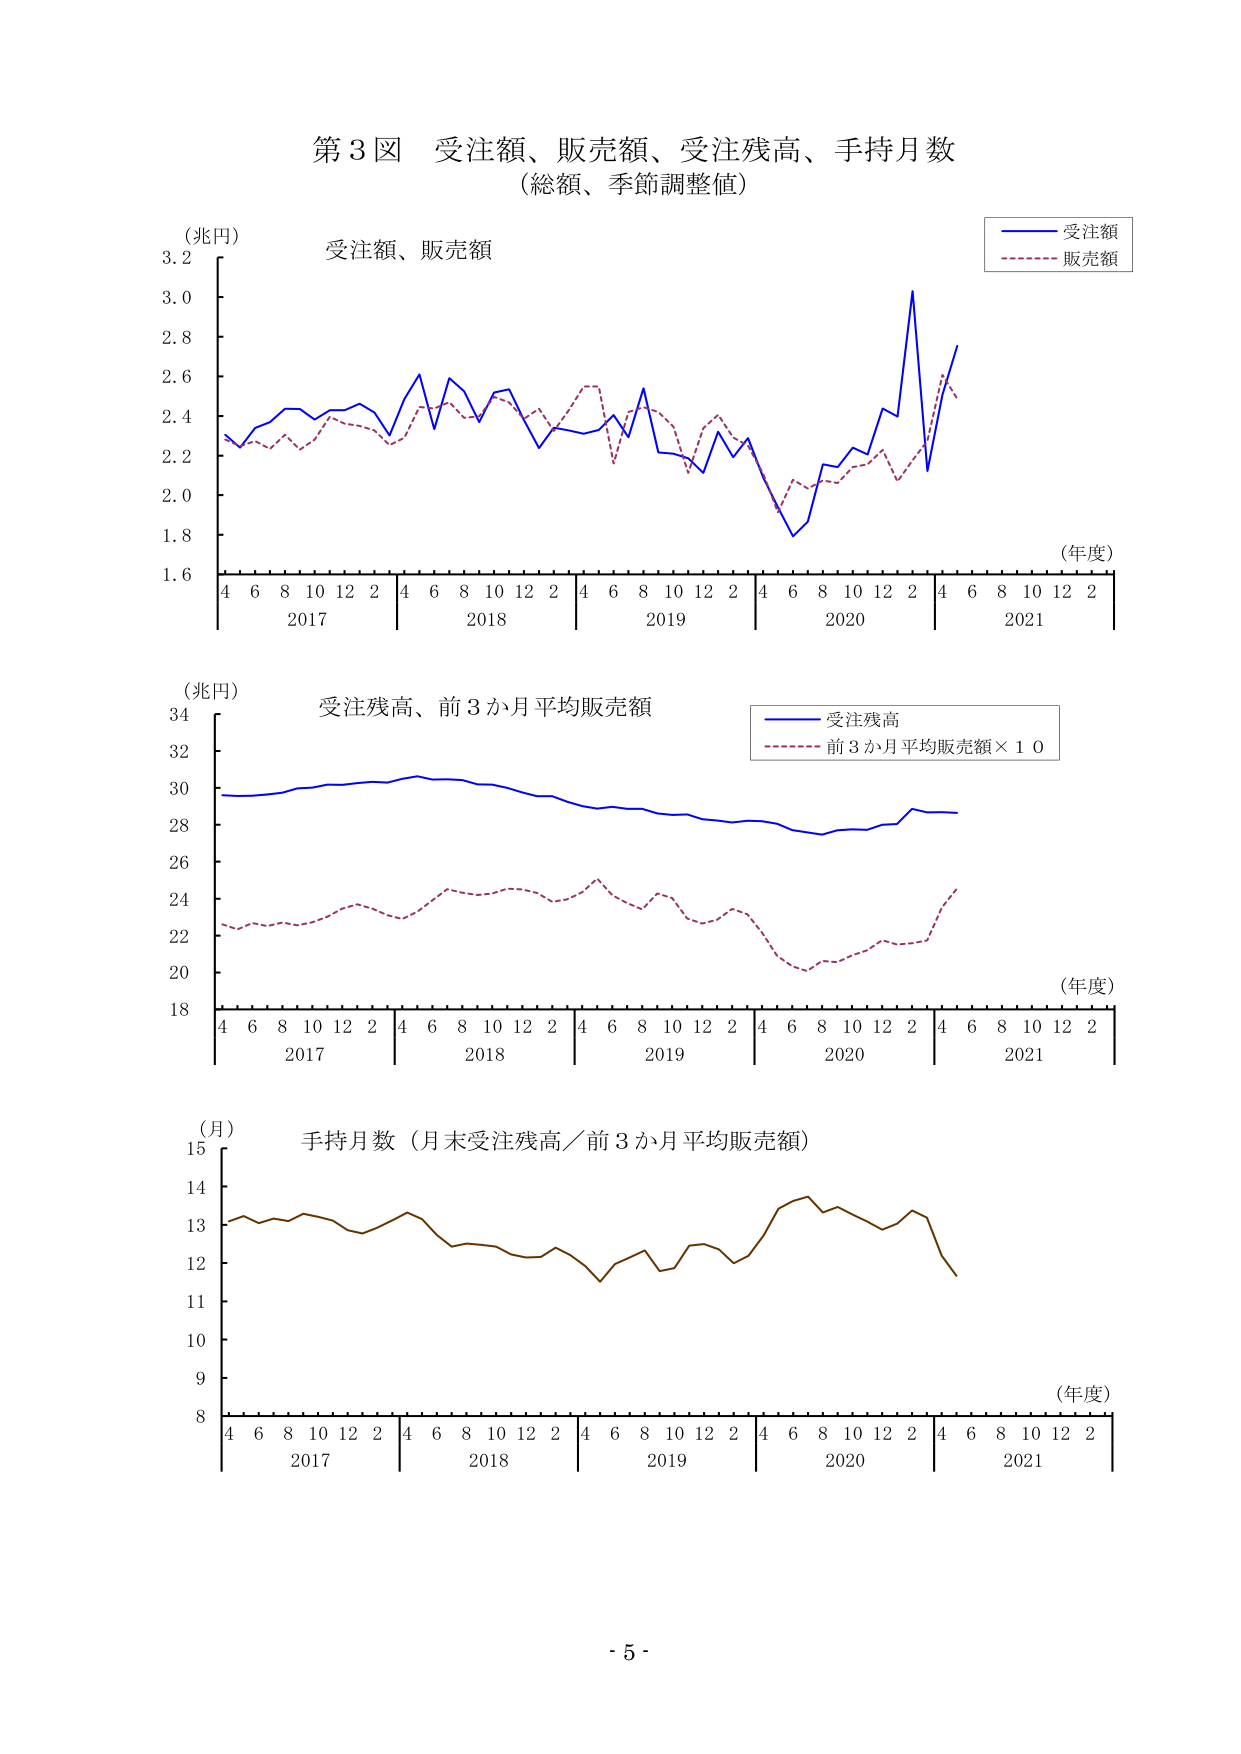
第３図 受注額、販売額、受注残高、手持月数
（総額、季節調整値）

（兆円）
受注額、販売額
（年度）
4 6 8 10 12 2 4 6 8 10 12 2 4 6 8 10 12 2 4 6 8 10 12 2 4 6 8 10 12 2
2017 2018 2019 2020 2021
（受注額）
（販売額）

（兆円）
受注残高、前3か月平均販売額
（年度）
4 6 8 10 12 2 4 6 8 10 12 2 4 6 8 10 12 2 4 6 8 10 12 2 4 6 8 10 12 2
2017 2018 2019 2020 2021
（受注残高）
（前3か月平均販売額×10）

（月）
手持月数（月末受注残高／前3か月平均販売額）
（年度）
4 6 8 10 12 2 4 6 8 10 12 2 4 6 8 10 12 2 4 6 8 10 12 2 4 6 8 10 12 2
2017 2018 2019 2020 2021

- 5 -